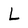
Character: L